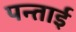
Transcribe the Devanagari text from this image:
पन्ताई